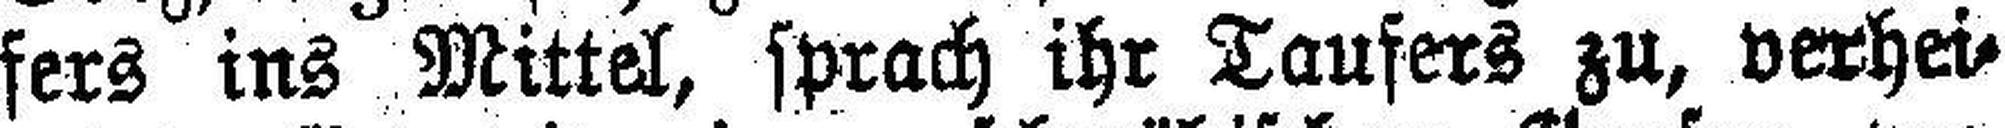
fers ins Mittel, sprach ihr Taufers zu, verhei¬